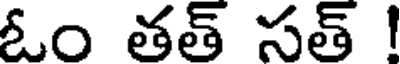
ఓం తత్ సత్ !